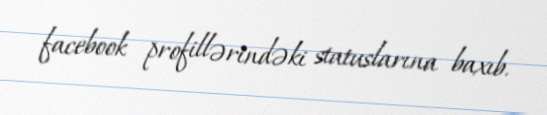
facebook profillərindəki statuslarına baxıb.